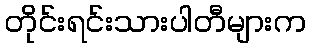
တိုင်းရင်းသားပါတီများက